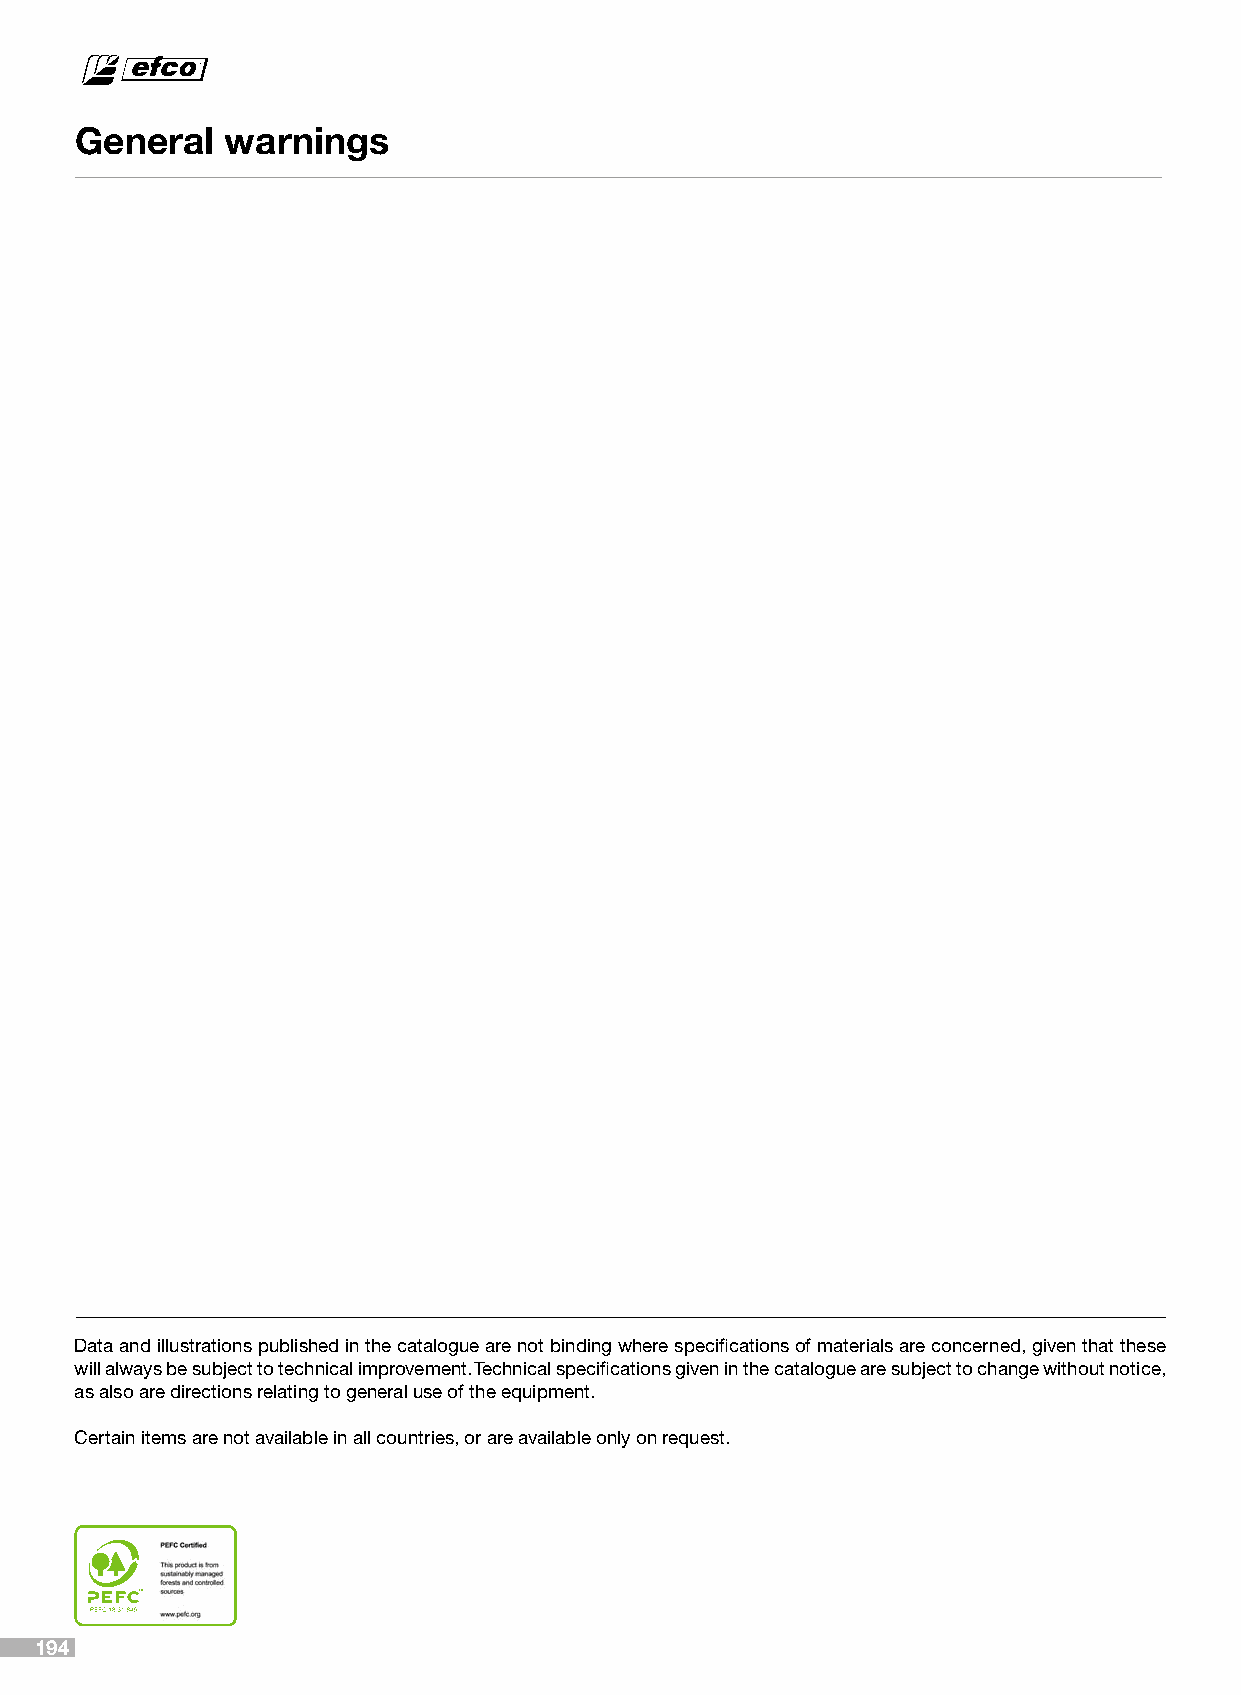
General   warnings
 Data and illustrations published in the catalogue are not binding where specifications of materials are concerned, given that these
 will always be subject to technical improvement. Technical specifications given in the catalogue are subject to change without notice,
 as also are directions relating to general use of the equipment.
 Certain items are not available in all countries, or are available only on request.
 194